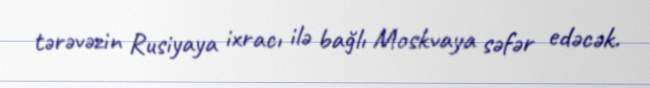
tərəvəzin Rusiyaya ixracı ilə bağlı Moskvaya səfər edəcək.